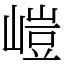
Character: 嵦